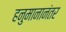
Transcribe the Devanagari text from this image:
हनुमानानंतर